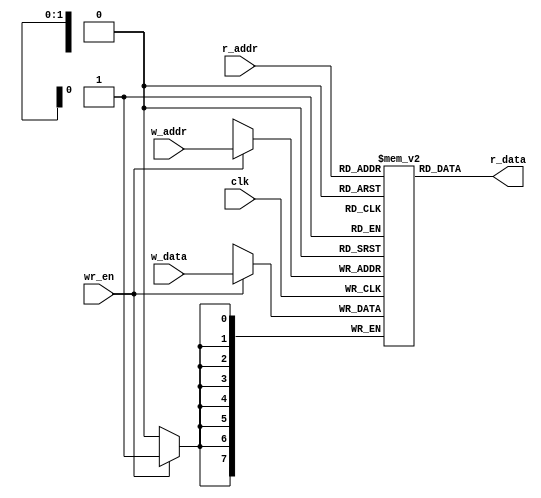
// Listing A.8
module reg_file
   #(
    parameter B = 8, // number of bits
              W = 2  // number of address bits
   )
   (
    input wire clk,
    input wire wr_en,
    input wire [W-1:0] w_addr, r_addr,
    input wire [B-1:0] w_data,
    output wire [B-1:0] r_data
   );

   // signal declaration
   reg [B-1:0] array_reg [2**W-1:0];

   // body
   // write operation
   always @(posedge clk)
      if (wr_en)
         array_reg[w_addr] <= w_data;
   // read operation
   assign r_data = array_reg[r_addr];

endmodule